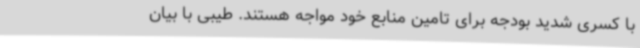
با کسری شدید بودجه برای تامین منابع خود مواجه هستند. طیبی با بیان